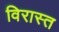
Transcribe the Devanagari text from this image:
विरास्त